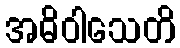
အဓိဝါသေတိ